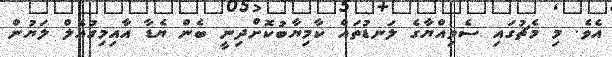
އެވެ. މި މެޗުގައި ސެވިއްޔާގެ ލަނޑުތައް ކާމިޔާބުކޮށްދިނީ ބެން ޔެޑާ އާއިމިގުއެލް ލަޔުން